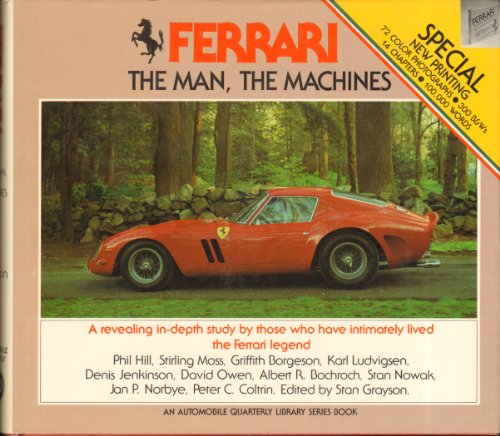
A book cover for Ferrari, the Man, the Machines; Engineering & Transportation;